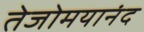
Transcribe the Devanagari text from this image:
तेजोमयानंद